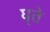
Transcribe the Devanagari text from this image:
घृते